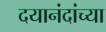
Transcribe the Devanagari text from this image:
दयानंदांच्या